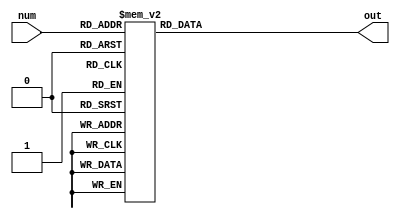
// Q2: Exercise question 2.10. Provide an RTL diagram and its relevant code; also test your code using a stimulus. Keep the input and output bit size equal to 4 bits.
// y[n] = x[n] - x[n-1] + x[n-2] +x[n-3] +0.5y[n-1] +0.25y[n-2]

module Question4(num,
                 out);
    input[3:0] num;
    output[6:0] out;
    reg[6:0] out;
    
    always@(num)
    begin
        case(num)
            0:out       = 1;   // 0000001
            1:out       = 79;  // 1001111
            2:out       = 18;  // 0010010
            3:out       = 6;   // 0000110
            4:out       = 76;  // 1001100
            5:out       = 36;  // 0100100
            6:out       = 32;  // 0100000
            7:out       = 15;  // 0001111
            8:out       = 0;   // 0000000
            9:out       = 12;  // 0001100
            default:out = 127; // 1111111
        endcase
    end
endmodule